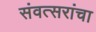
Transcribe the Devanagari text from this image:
संवत्सरांचा